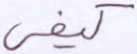
كيفي